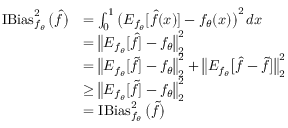
\begin{array} { r l } { \operatorname { I B i a s } _ { f _ { \theta } } ^ { 2 } \big ( \widehat f \big ) } & { = \int _ { 0 } ^ { 1 } \big ( E _ { f _ { \theta } } [ \widehat f ( x ) ] - f _ { \theta } ( x ) \big ) ^ { 2 } \, d x } \\ & { = \big \| E _ { f _ { \theta } } [ \widehat f ] - f _ { \theta } \big \| _ { 2 } ^ { 2 } } \\ & { = \big \| E _ { f _ { \theta } } [ \widetilde f ] - f _ { \theta } \big \| _ { 2 } ^ { 2 } + \big \| E _ { f _ { \theta } } \big [ \widehat f - \widetilde f \big ] \big \| _ { 2 } ^ { 2 } } \\ & { \geq \big \| E _ { f _ { \theta } } [ \widetilde f ] - f _ { \theta } \big \| _ { 2 } ^ { 2 } } \\ & { = \operatorname { I B i a s } _ { f _ { \theta } } ^ { 2 } \big ( \widetilde f \big ) } \end{array}